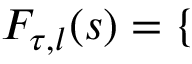
F _ { \tau , l } ( s ) = \left\{ \begin{array} { r l } \end{array} \right.